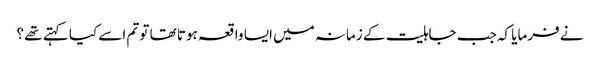
نے فرمایا کہ جب جاہلیت کے زمانہ میں ایسا واقعہ ہوتا تھا تو تم اسے کیا کہتے تھے ؟